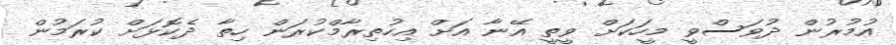
އުމުރުން ދުވަސްވީ މީހަކަށް ވީތީ އޭނާ އަށް އިހުތިރާމްކުރަން ހިތާ ދެކޮޅަށް ކުރަމުން